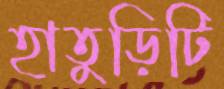
হাতুড়িটি